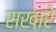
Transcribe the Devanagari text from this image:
सखारे